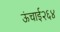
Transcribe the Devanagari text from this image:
ऊंचाई२६४